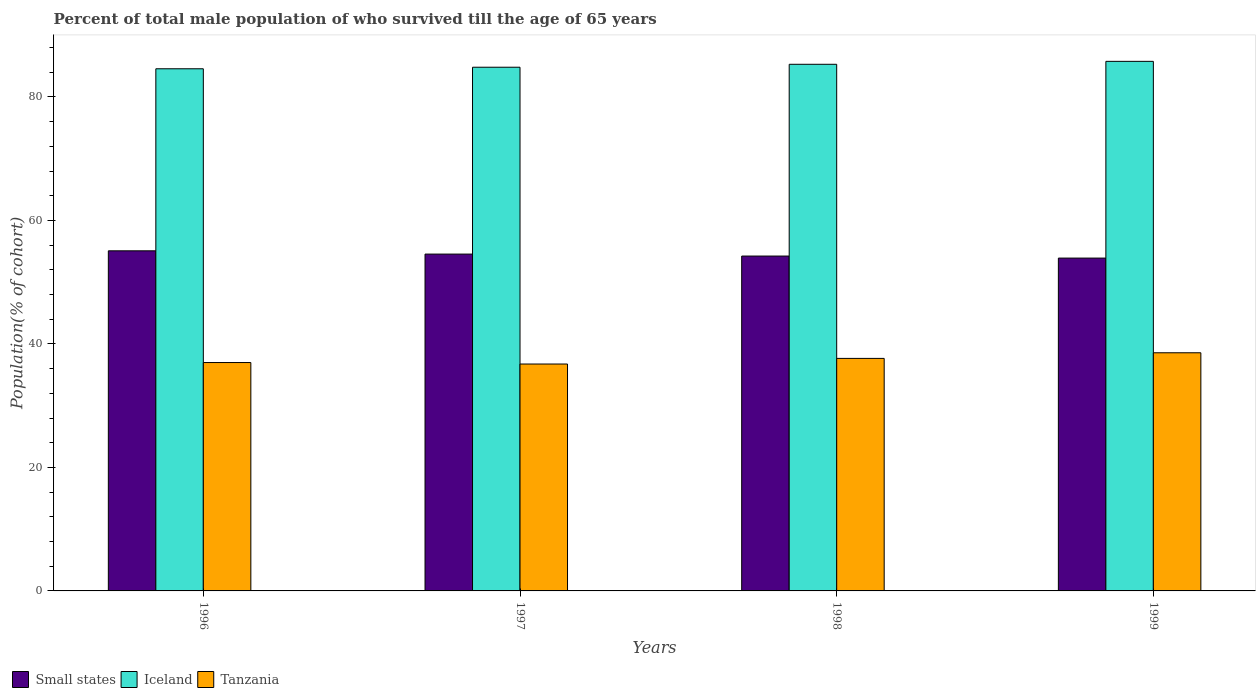
| Years | Small states | Iceland | Tanzania |
 | --- | --- | --- | --- |
 | 1996 | 55.1 | 84.6 | 37 |
 | 1997 | 54.5 | 84.8 | 36.7 |
 | 1998 | 54.2 | 85.3 | 37.7 |
 | 1999 | 53.9 | 85.8 | 38.6 |